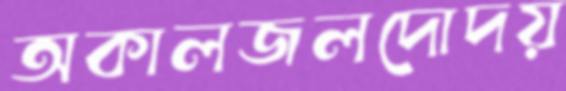
অকালজলদোদয়